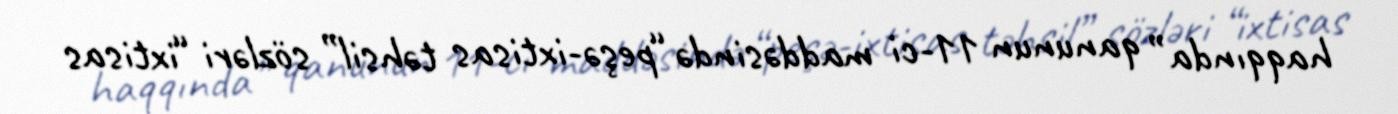
haqqında” qanunun 11-ci maddəsində “peşə-ixtisas təhsil” sözləri “ixtisas